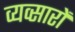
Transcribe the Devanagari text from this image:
व्यव्सारों